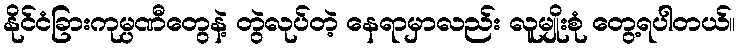
နိုင်ငံခြားကုမ္ပဏီတွေနဲ့ တွဲလုပ်တဲ့ နေရာမှာလည်း လူမျိုးစုံ တွေ့ရပါတယ်။